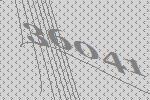
36041